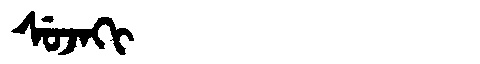
Manchu: ᠰᡠᠵᠠᡴᡳ
Romanization: SUJAKI